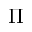
\Pi